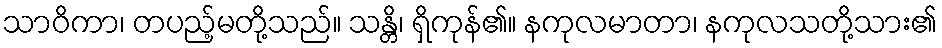
သာဝိကာ၊ တပည့်မတို့သည်။ သန္တိ၊ ရှိကုန်၏။ နကုလမာတာ၊ နကုလသတို့သား၏